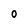
Character: 0